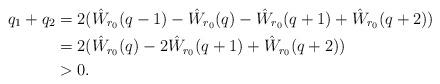
LaTeX: \begin{align*}q_1+q_2 &= 2(\hat W_{r_0}(q-1)-\hat W_{r_0}(q)-\hat W_{r_0}(q+1) + \hat W_{r_0}(q+2))\\&=2(\hat W_{r_0}(q) - 2\hat W_{r_0}(q+1) + \hat W_{r_0}(q+2))\\&>0.\end{align*}